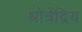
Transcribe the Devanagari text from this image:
श्रोत्रेंद्रिय